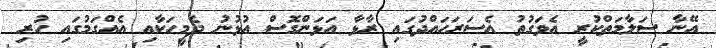
އޭނާ ސަލާމަތްކުރީ އެވަގުތު އެސަރަހައްދުގައި ރާޅާ އަޅަންގޮސް އުޅުނު ދެމީހަކާއި އެއްގަމުގައި ހުރި